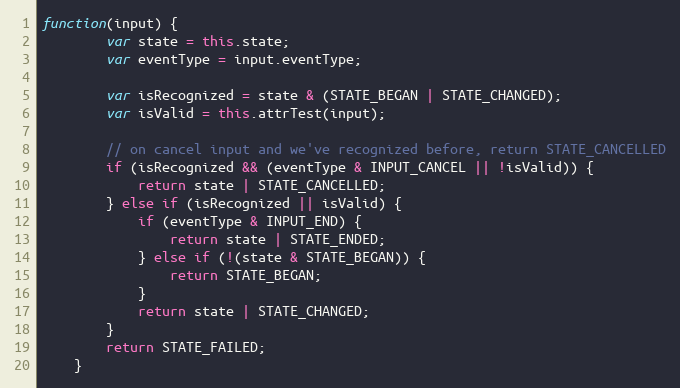
Language: JavaScript
function(input) {
        var state = this.state;
        var eventType = input.eventType;

        var isRecognized = state & (STATE_BEGAN | STATE_CHANGED);
        var isValid = this.attrTest(input);

        // on cancel input and we've recognized before, return STATE_CANCELLED
        if (isRecognized && (eventType & INPUT_CANCEL || !isValid)) {
            return state | STATE_CANCELLED;
        } else if (isRecognized || isValid) {
            if (eventType & INPUT_END) {
                return state | STATE_ENDED;
            } else if (!(state & STATE_BEGAN)) {
                return STATE_BEGAN;
            }
            return state | STATE_CHANGED;
        }
        return STATE_FAILED;
    }